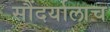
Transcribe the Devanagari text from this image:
सौंदर्यालाच